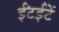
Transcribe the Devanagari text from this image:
ईंटईटें